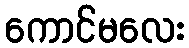
ကောင်မလေး